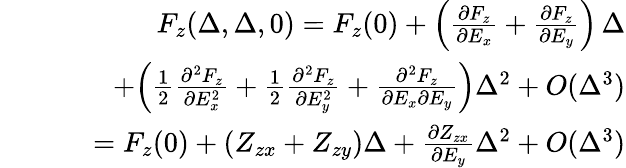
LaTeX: \begin{array}{rlr}&{}&{F_{z}(\Delta,\Delta,0)=F_{z}(0)+\Bigl(\frac{\partial F_{z}}{\partial E_{x}}+\frac{\partial F_{z}}{\partial E_{y}}\Bigr)\, \Delta}\\ &{}&{\qquad+\Bigl(\frac{1}{2}\frac{\partial^{2}F_{z}}{\partial E_{x}^{2}}+\frac{1}{2}\frac{\partial^{2}F_{z}}{\partial E_{y}^{2}}+\frac{\partial^{2}F_{z}}{\partial E_{x}\partial E_{y}}\Bigr)\Delta^{2}+O(\Delta^{3})}\\ &{}&{\quad=F_{z}(0)+(Z_{zx}+Z_{zy})\Delta+\frac{\partial Z_{zx}}{\partial E_{y}}\Delta^{2}+O(\Delta^{3})}\end{array}